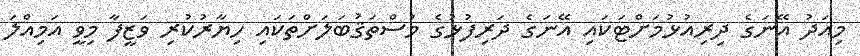
މިއަދު އޭނަގެ ދިރިއުޅުމަށްޓަކައި އޭނަގެ ދަރިފުޅުގެ މުސްތަޤުބަލަށްތަކައި ހިޔާރުކުރި ވަޒީފާ މިވީ އަމިއްލަ